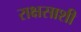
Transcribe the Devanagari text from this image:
राक्षसाशी